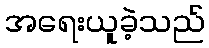
အရေးယူခဲ့သည်